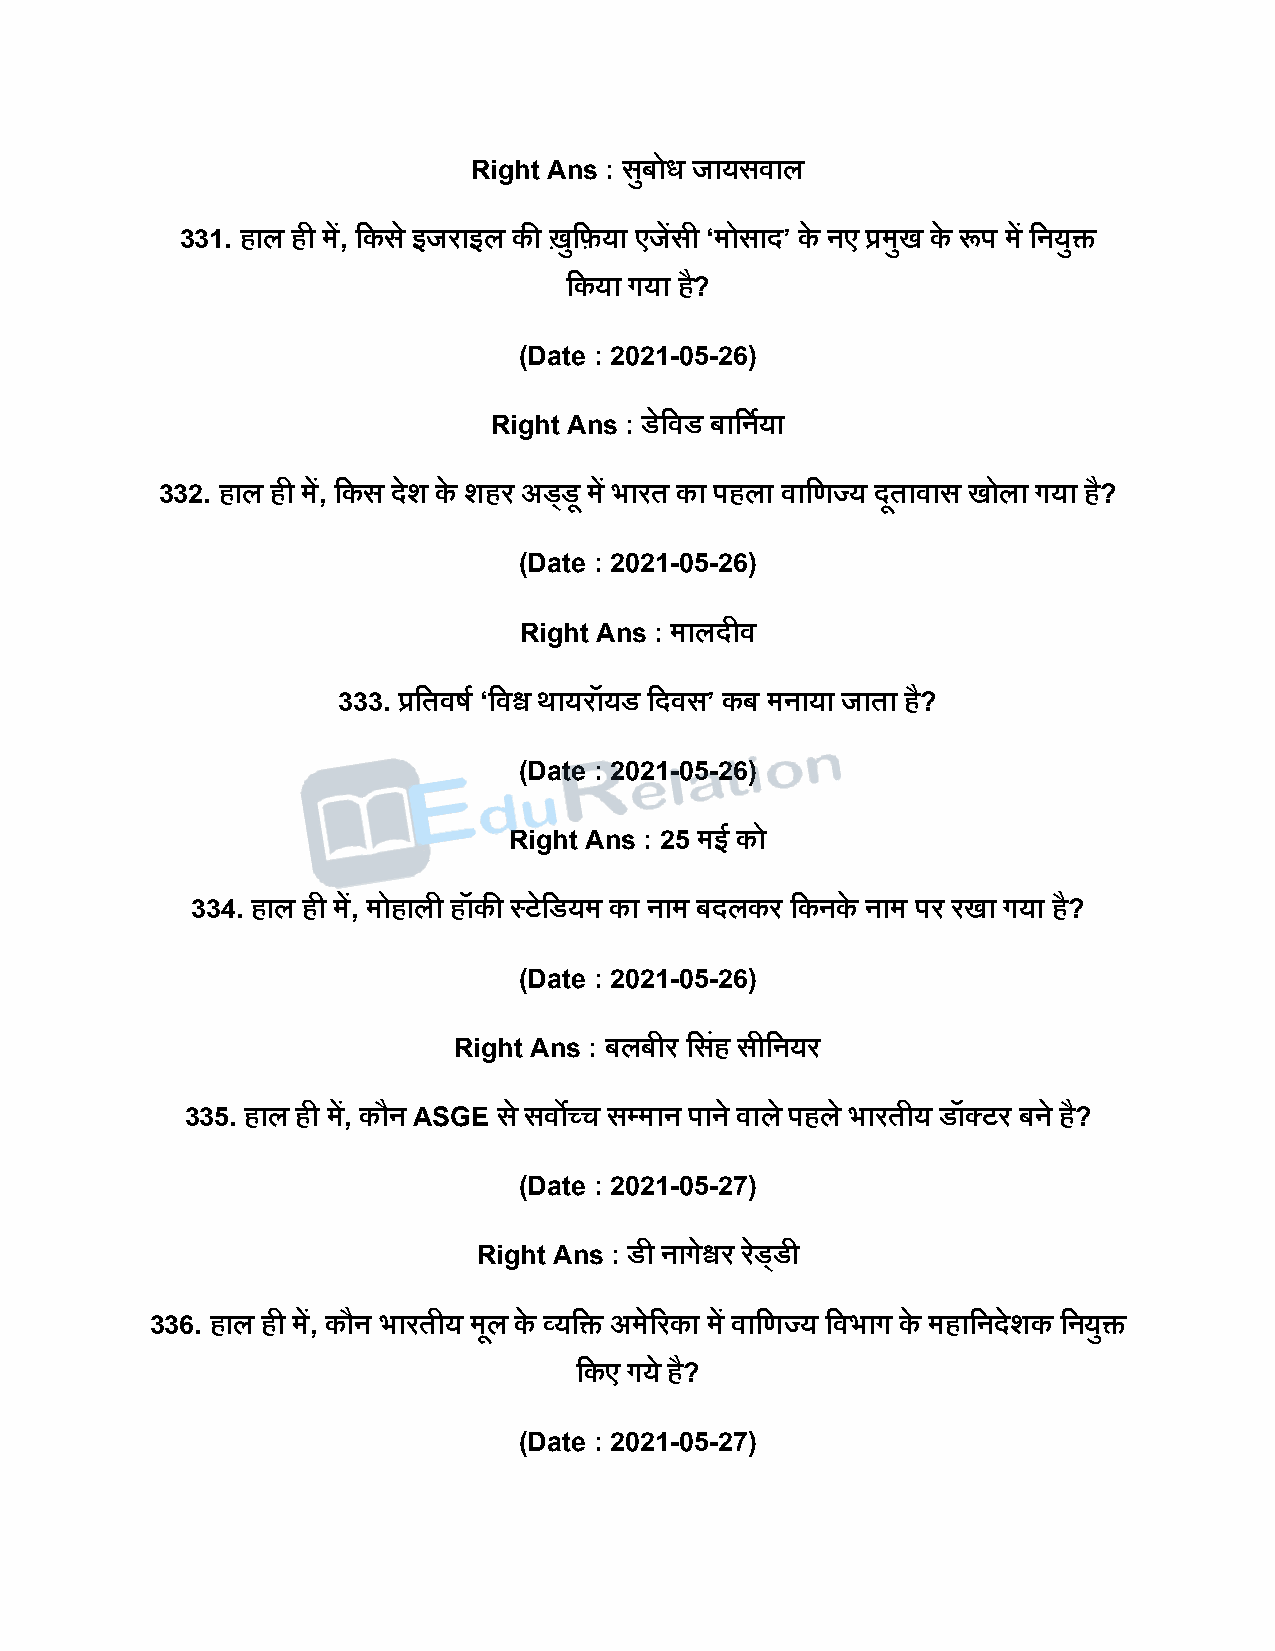
Right Ans : सबु ोध जायसवाल
 331. हाल ही में, दकस े इजराइल की िुदफया एजेंसी ‘मोसाि’ के नए प्रमुख के रूि में दनयुि
 दकया गया ह?ै
 (Date : 2021-05-26)
 Right Ans : डेदवड बादनषया
 332. हाल ही में, दकस िेश के शहर अडडडू में भारत का िहला वादणज्य िूतावास खोला गया है?
 (Date : 2021-05-26)
 Right Ans : मालिीव
 333. प्रदतवर्ष ‘दवश्व थायरॉयड दिवस’ कब मनाया जाता है?
 (Date : 2021-05-26)
 Right Ans : 25 मई को
 334. हाल ही में, मोहाली हॉकी स्टेदडयम का नाम बिलकर दकनके नाम िर रखा गया है?
 (Date : 2021-05-26)
 Right Ans : बलबीर दसहं सीदनयर
 335. हाल ही में, कौन ASGE स े सवोच्च सपमान िाने वाले िहले भारतीय डॉक्ट र बने है?
 (Date : 2021-05-27)
 Right Ans : डी नागेश्वर रडे डडी
 336. हाल ही में, कौन भारतीय मूल के व्यदि अमेररका में वादणज्य दवभाग के महादनिेशक दनयुि
 दकए गये है?
 (Date : 2021-05-27)